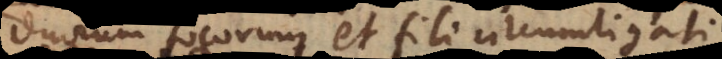
duorum focorum et fili circumligati